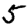
Digit: 5